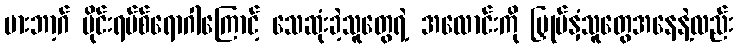
မားဘာ့ဂ် ဗိုင်းရပ်စ်ရောဂါကြောင့် သေဆုံးခဲ့သူတွေရဲ့ အလောင်းကို မြှုပ်နှံသူတွေအနေနဲ့လည်း